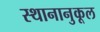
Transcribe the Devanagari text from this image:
स्थानानुकूल